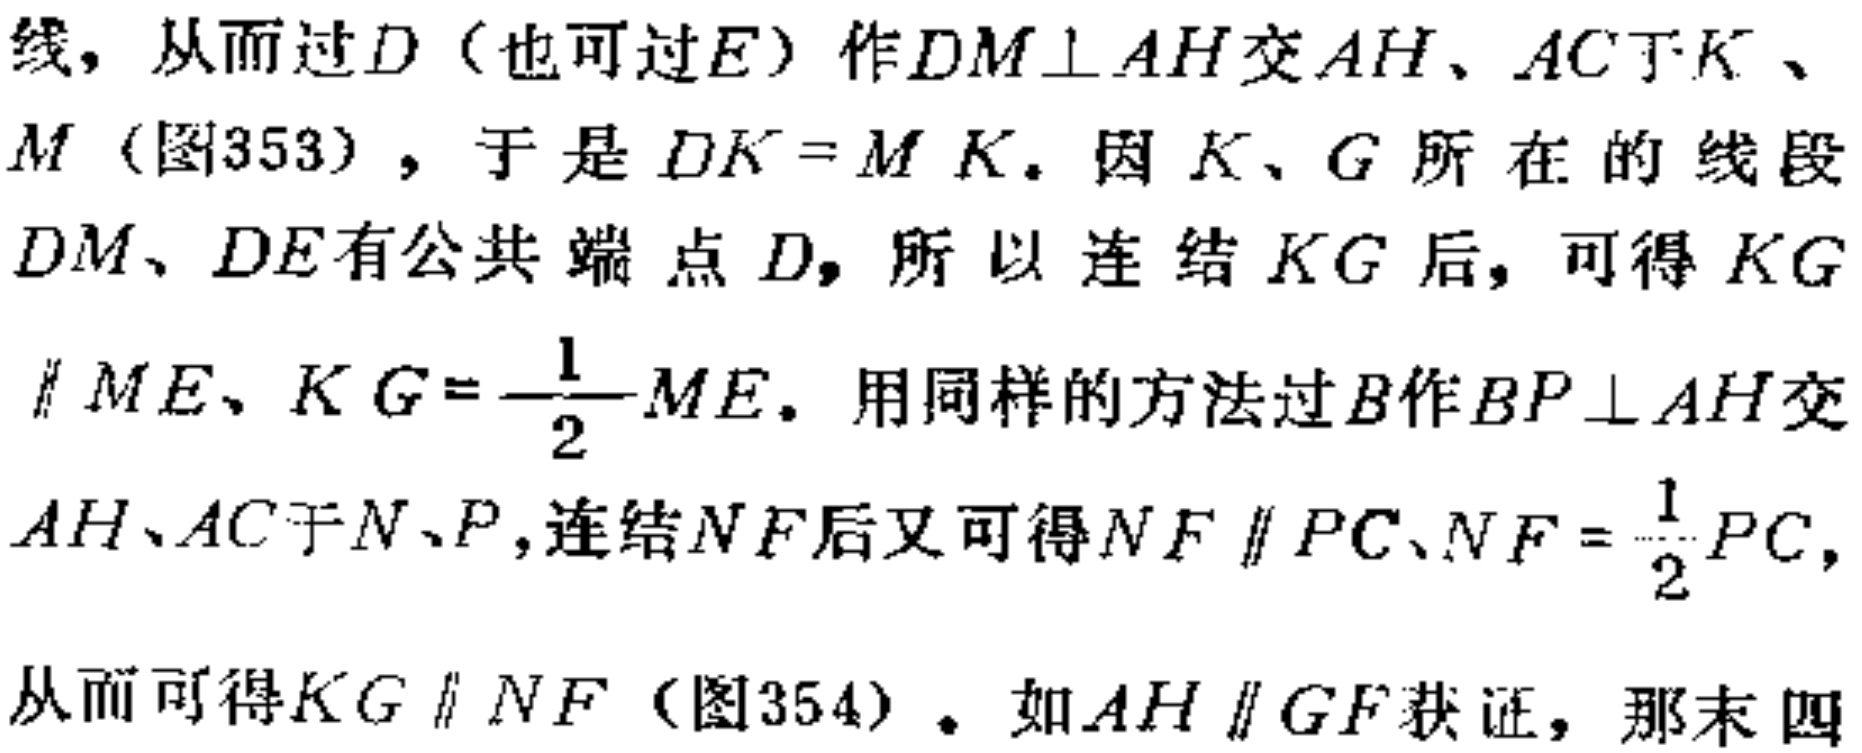
线，从而过\(D\)（也可过\(E\)）作\(DM\perp AH\)交\(AH\)、\(AC\)于\(K\)、\(M\)（图353），于是\(DK = MK\)。因\(K\)、\(G\)所在的线段\(DM\)、\(DE\)有公共端点\(D\)，所以连结\(KG\)后，可得\(KG\parallel ME\)、\(KG = \frac{1}{2}ME\)。用同样的方法过\(B\)作\(BP\perp AH\)交\(AH\)、\(AC\)于\(N\)、\(P\)，连结\(NF\)后又可得\(NF\parallel PC\)、\(NF = \frac{1}{2}PC\)，从而可得\(KG\parallel NF\)（图354）。如\(AH\parallel GF\)获证，那末四